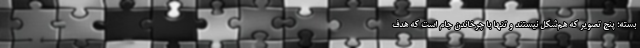
بسته؛ پنج تصویر که هم‌شکل نیستند و تنها با چرخاندن جام است که هدف